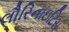
લૌરિનાઇટિસ